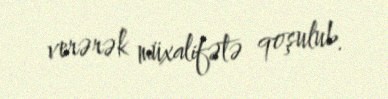
verərək müxalifətə qoşulub.